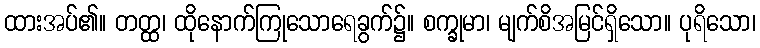
ထားအပ်၏။ တတ္ထ၊ ထိုနောက်ကြုသောရေခွက်၌။ စက္ခုမာ၊ မျက်စိအမြင်ရှိသော။ ပုရိသော၊